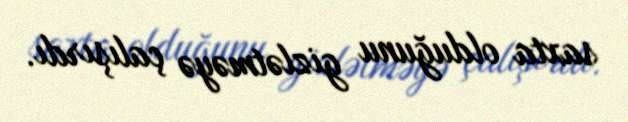
saxta olduğunu gizlətməyə çalışırdı.